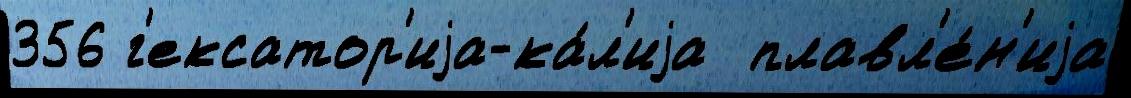
356 г'ексатор'иjа-ка́л'иjа  плавл'е́н'иjа